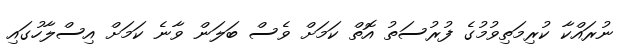
ނުރައްކާ ކުރިމަތިވުމުގެ ފުރުސަތު އޮތް ކަމަށް ވެސް ބަލަން ވާނެ ކަމަށް އިސްލާހުގައި